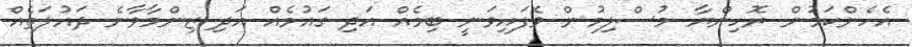
އެހެންކަމުން ރޮހިންޔާ މުސްލިމުން ވެފައިވަނީ ބިމެއް އަދި ގައުމެއް އަދި ޒިންމާވާނެ ދައުލަތެއް